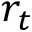
r _ { t }